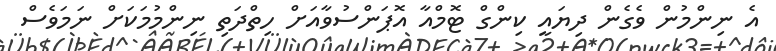
އެ ނިންމުން ވެގެން ދިޔައީ ކިންގް ޓޮމްއާ އޮޕަންސުވާއަށް ހިތްދަތި ނިންމުމަކަށް ނަމަވެސް